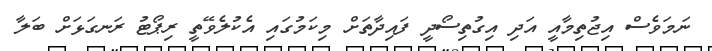
ނަމަވެސް އިޖުތިމާއީ އަދި އިގުތިސޯދީ ފައިދާތަށް މިކަމުގައި އެކުލެވޭތީ ރިޕޯޓު ރަނގަޅަށް ބަލާ